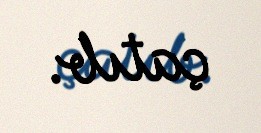
çatıb.